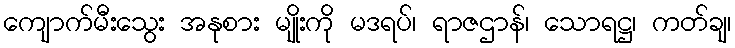
ကျောက်မီးသွေး အနုစား မျိုးကို မဒရပ်၊ ရာဇဌာန်၊ သောရဋ္ဌ၊ ကတ်ချ၊